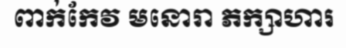
ពាក់កែវ មនោរា ភក្សាហារ